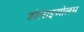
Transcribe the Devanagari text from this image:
डोलाइओलम